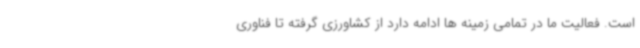
است. فعالیت ما در تمامی زمینه ها ادامه دارد از کشاورزی گرفته تا فناوری